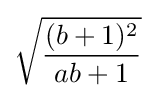
{\sqrt {\frac {(b+1)^{2}}{ab+1}}}